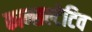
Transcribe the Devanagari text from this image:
कान्सल्टेटिव